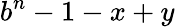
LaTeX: b^{n}-1-x+y